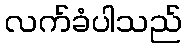
လက်ခံပါသည်